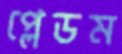
প্লেডম